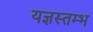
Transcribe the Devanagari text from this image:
यज्ञस्तम्भ